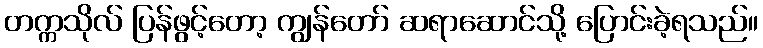
တက္ကသိုလ် ပြန်ဖွင့်တော့ ကျွန်တော် ဆရာဆောင်သို့ ပြောင်းခဲ့ရသည်။